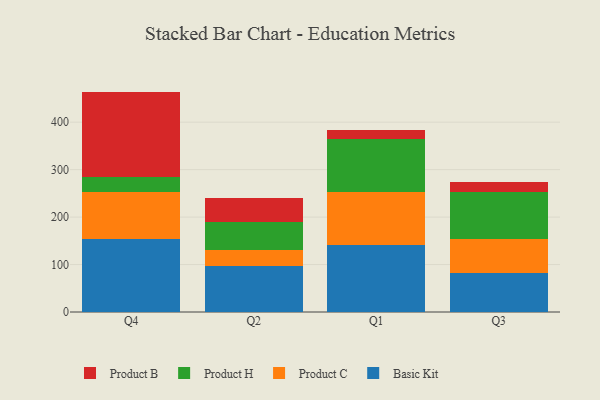
{"axis": {"x": "Quarter", "y": "Budget (USD K)"}, "legend": ["Basic Kit", "Product B", "Product C", "Product H"], "data": [{"x": "Q4", "y": 153.2, "type": "Basic Kit"}, {"x": "Q4", "y": 100.3, "type": "Product C"}, {"x": "Q4", "y": 31.0, "type": "Product H"}, {"x": "Q4", "y": 179.9, "type": "Product B"}, {"x": "Q2", "y": 96.1, "type": "Basic Kit"}, {"x": "Q2", "y": 35.1, "type": "Product C"}, {"x": "Q2", "y": 58.3, "type": "Product H"}, {"x": "Q2", "y": 50.5, "type": "Product B"}, {"x": "Q1", "y": 140.3, "type": "Basic Kit"}, {"x": "Q1", "y": 113.5, "type": "Product C"}, {"x": "Q1", "y": 111.2, "type": "Product H"}, {"x": "Q1", "y": 19.1, "type": "Product B"}, {"x": "Q3", "y": 82.2, "type": "Basic Kit"}, {"x": "Q3", "y": 71.6, "type": "Product C"}, {"x": "Q3", "y": 99.1, "type": "Product H"}, {"x": "Q3", "y": 21.9, "type": "Product B"}]}